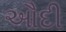
ઔદી